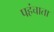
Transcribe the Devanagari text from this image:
पहंचाता